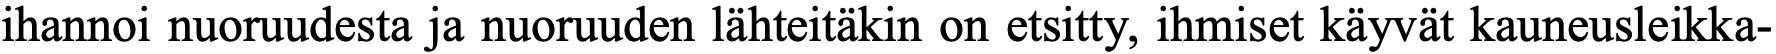
ihannoi nuoruudesta ja nuoruuden lähteitäkin on etsitty, ihmiset käyvät kauneusleikka-